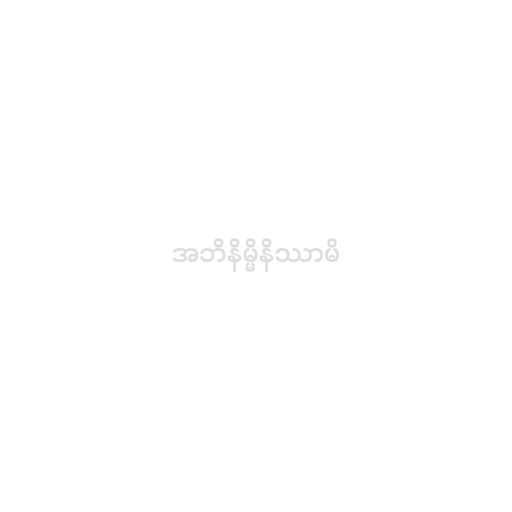
အဘိနိမ္မိနိဿာမိ